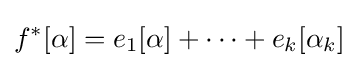
f^{*}[\alpha ]=e_{1}[\alpha ]+\cdots +e_{k}[\alpha _{k}]